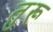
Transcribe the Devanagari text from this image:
तुरू